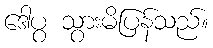
ဒေါပွ သွားမိပြန်သည်။